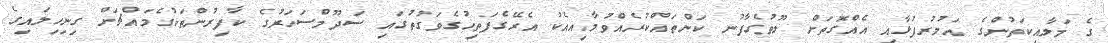
ގެ މަލާއިކަތުންގެ އަމުރުފުޅާއި އެއްގޮތަށް ލޫޠުގެފާނު ކަންތައްކުރެއްވުމާއިއެކު އެރޭގެފަތިހުގެވަގުތުގައި ސަދޫމްސަހަރުގެ ކާފިރުންތަކުގެމައްޗަށް ގިނިހިލައިގެ